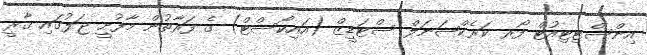
އިންސްޓިޓިއުޓް ފޯރ ކަރެކްޝަނަލް ސްޓަޑީޒް (އައިކޯސްޓް) ގެ ފަރާތުން މާފުށީ ޖަލުގައި ޤާރީ